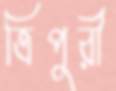
ত্রিপুরী